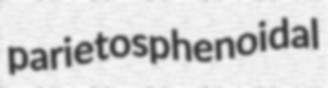
parietosphenoidal